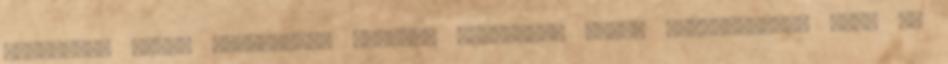
indítandó német támadásba, igennel válaszol, annak kikötésével, hogy az